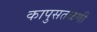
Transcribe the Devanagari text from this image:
कापुसतळणी